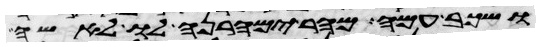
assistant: ושכב עמה מהר ימהרנה לו לאשה